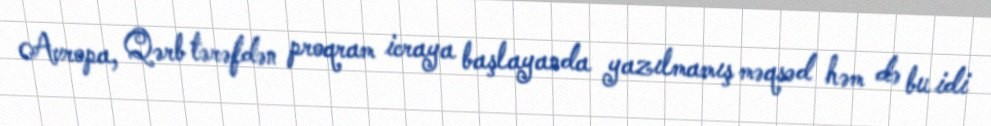
Avropa, Qərb tərəfdən proqram icraya başlayanda yazılmamış məqsəd həm də bu idi